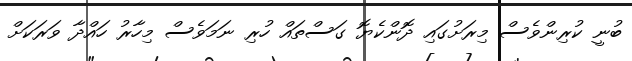
ބުނީ ކުރިންވެސް މިރަށުގައި ދޮންކެޔޮ ގަސްތައް ހުރި ނަމަވެސް މިހާރު ހައްދާ ވަރަކަށް